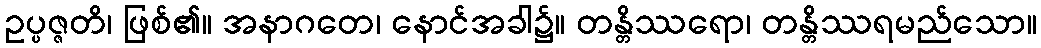
ဥပ္ပဇ္ဇတိ၊ ဖြစ်၏။ အနာဂတေ၊ နောင်အခါ၌။ တန္တိဿရော၊ တန္တိဿရမည်သော။